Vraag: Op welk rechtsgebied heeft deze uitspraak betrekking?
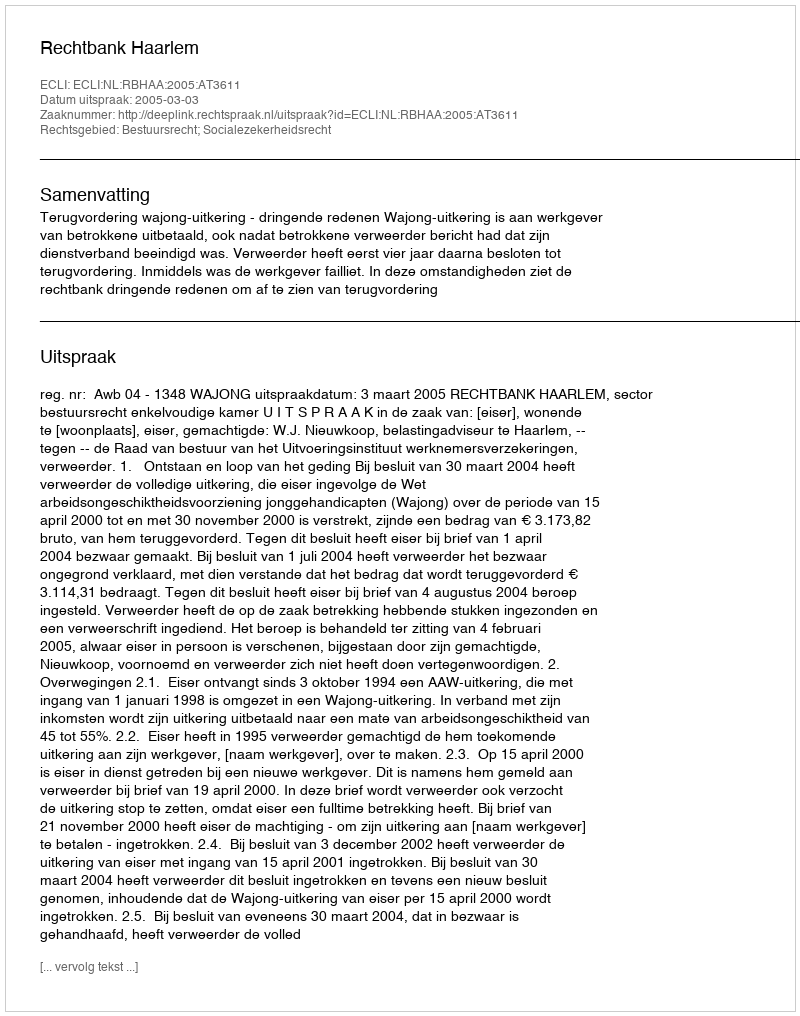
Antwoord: Bestuursrecht; Socialezekerheidsrecht